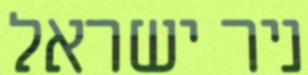
ניר ישראל